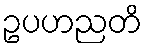
ဥပဟညတိ